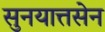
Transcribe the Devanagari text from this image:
सुनयात्तसेन